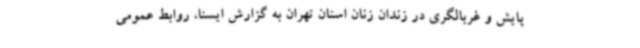
پایش و غربالگری در زندان زنان استان تهران به گزارش ایسنا، روابط عمومی